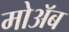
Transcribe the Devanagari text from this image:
मोअॅब